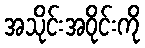
အသိုင်းအဝိုင်းကို